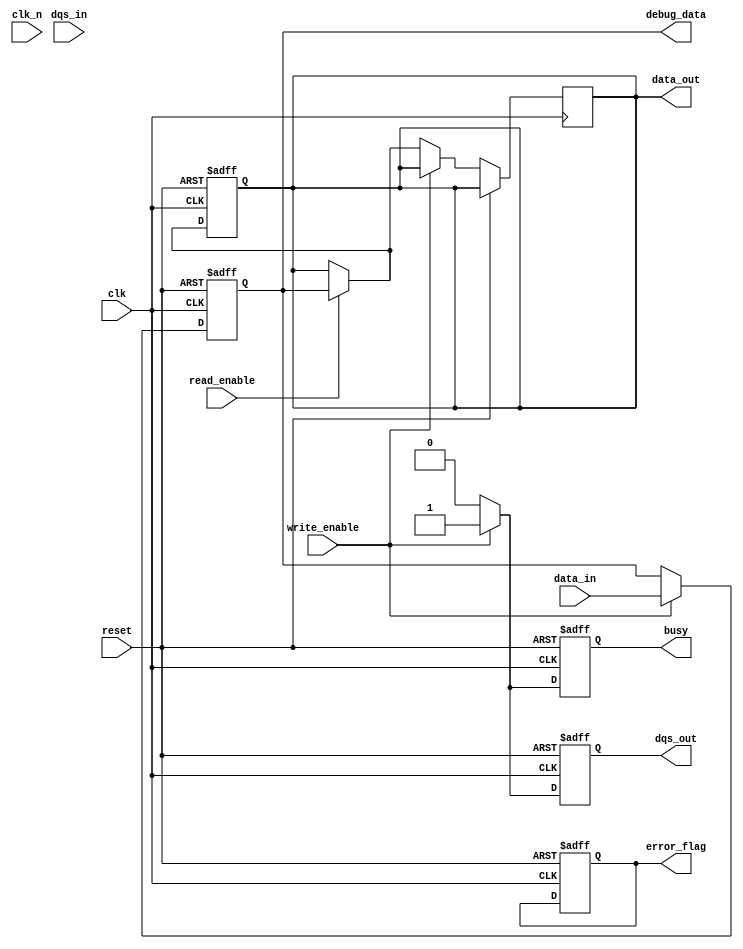
module gddr_io_block #(
    parameter DATA_WIDTH = 32, // Configurable data bus width (16, 32, 64)
    parameter CLK_FREQ = 500_000_000 // Clock frequency in Hz
)(
    input wire clk,             // Clock input
    input wire clk_n,           // Differential clock input (inverted)
    input wire [DATA_WIDTH-1:0] data_in, // Data input
    output wire [DATA_WIDTH-1:0] data_out, // Data output
    input wire dqs_in,          // Data Strobe input
    output wire dqs_out,        // Data Strobe output
    input wire write_enable,     // Write enable signal
    input wire read_enable,      // Read enable signal
    output wire error_flag,      // Error flag output
    output wire busy,            // Busy signal output
    input wire reset,            // Reset signal
    output wire [DATA_WIDTH-1:0] debug_data // Debug output
);

// Internal signals
reg [DATA_WIDTH-1:0] data_buffer;
reg [DATA_WIDTH-1:0] data_out_reg;
reg dqs_reg;
reg error_reg;
reg busy_reg;

// Transmitter Block
always @(posedge clk or posedge reset) begin
    if (reset) begin
        data_buffer <= 0;
        dqs_reg <= 0;
        busy_reg <= 0;
        error_reg <= 0;
    end else if (write_enable) begin
        data_buffer <= data_in; // Capture incoming data
        dqs_reg <= 1; // Assert DQS for write
        busy_reg <= 1; // Set busy during write
    end else if (read_enable) begin
        data_out_reg <= data_buffer; // Send data to output on read
        dqs_reg <= 0; // Deassert DQS for read
        busy_reg <= 0; // Clear busy after read
    end else begin
        dqs_reg <= 0; // DQS idle
        busy_reg <= 0; // Clear busy
    end
end

// Receiver Block
always @(posedge clk or posedge reset) begin
    if (reset) begin
        data_out_reg <= 0;
    end else if (read_enable) begin
        // Simulate receiving data
        data_out_reg <= data_buffer; // For simulation purposes
        // Implement error checking here (e.g., ECC)
    end
end

// Output assignments
assign data_out = data_out_reg;
assign dqs_out = dqs_reg;
assign error_flag = error_reg;
assign busy = busy_reg;
assign debug_data = data_buffer; // For debugging

endmodule